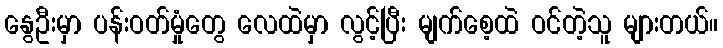
နွေဦးမှာ ပန်းဝတ်မှုံတွေ လေထဲမှာ လွင့်ပြီး မျက်စေ့ထဲ ဝင်တဲ့သူ များတယ်။